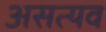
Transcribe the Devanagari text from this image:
असत्यव